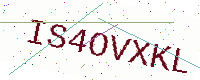
Text: IS4OVXKL